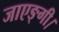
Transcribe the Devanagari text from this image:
जाएङ्गी।